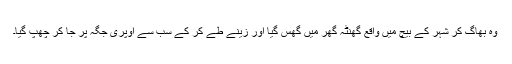
وہ بھاگ کر شہر کے بیچ میں واقع گھنٹہ گھر میں گھس گیا اور زینے طے کر کے سب سے اوپری جگہ پر جا کر چھپ گیا۔